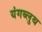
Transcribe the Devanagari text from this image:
यंगब्लुथ